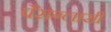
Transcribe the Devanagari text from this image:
पैराग्लासी